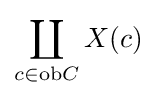
\coprod _{c\in \mathrm {ob} C}X(c)